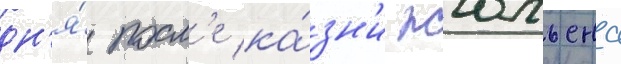
дн'я́ посл'е ка́зн'и жюльена